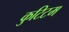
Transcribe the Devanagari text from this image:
कुटिटम